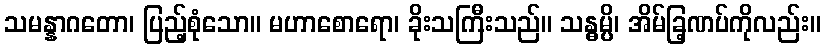
သမန္နာဂတော၊ ပြည့်စုံသော။ မဟာစောရော၊ ခိုးသကြီးသည်။ သန္ဓမ္ပိ၊ အိမ်ခြ့ဏပ်ကိုလည်း။